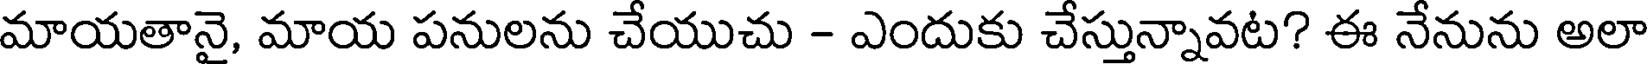
మాయతానై, మాయ పనులను చేయుచు - ఎందుకు చేస్తున్నావట? ఈ నేనును అలా